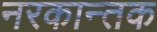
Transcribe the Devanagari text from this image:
नरकान्तक